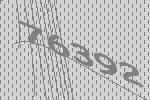
76392